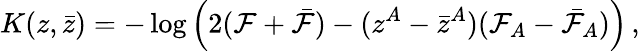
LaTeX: K(z,\bar{z})=-\log\Big(2({\cal F}+\bar{\cal F})-(z^{A}-\bar{z}^{A})({\cal F}_{A}-\bar{\cal F}_{A})\Big)\, ,